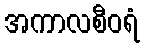
အကာလစီဝရံ